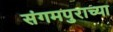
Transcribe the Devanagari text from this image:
संगमपुराच्या